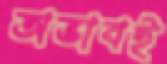
অভাবই